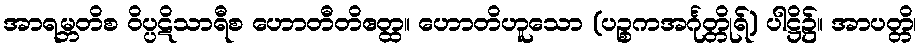
အာရမ္ဘတိစ ဝိပ္ပဋိသာရီစ ဟောတီတိဧတ္ထ။ ဟောတိဟူသော (ပဉ္စကအင်္ဂုတ္တိုရ်) ပါဋ္ဌိ၌။ အာပတ္တိ၊